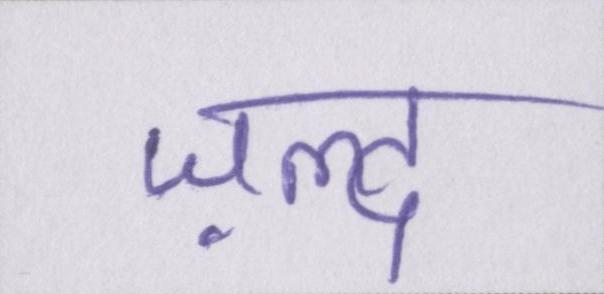
ज़ल्द